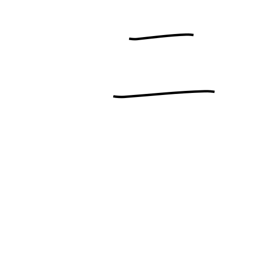
Meaning: two